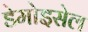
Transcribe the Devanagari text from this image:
डेमोइसेल